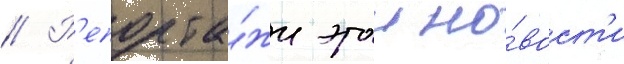
// Р'епорта́жи этои но́вост'и